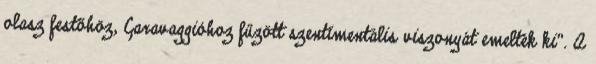
olasz festőhöz, Caravaggióhoz fűzött szentimentális viszonyát emelték ki". A